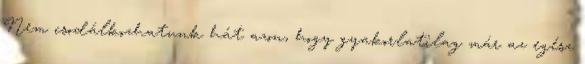
Nem csodálkozhatunk hát azon, hogy gyakorlatilag már az egész